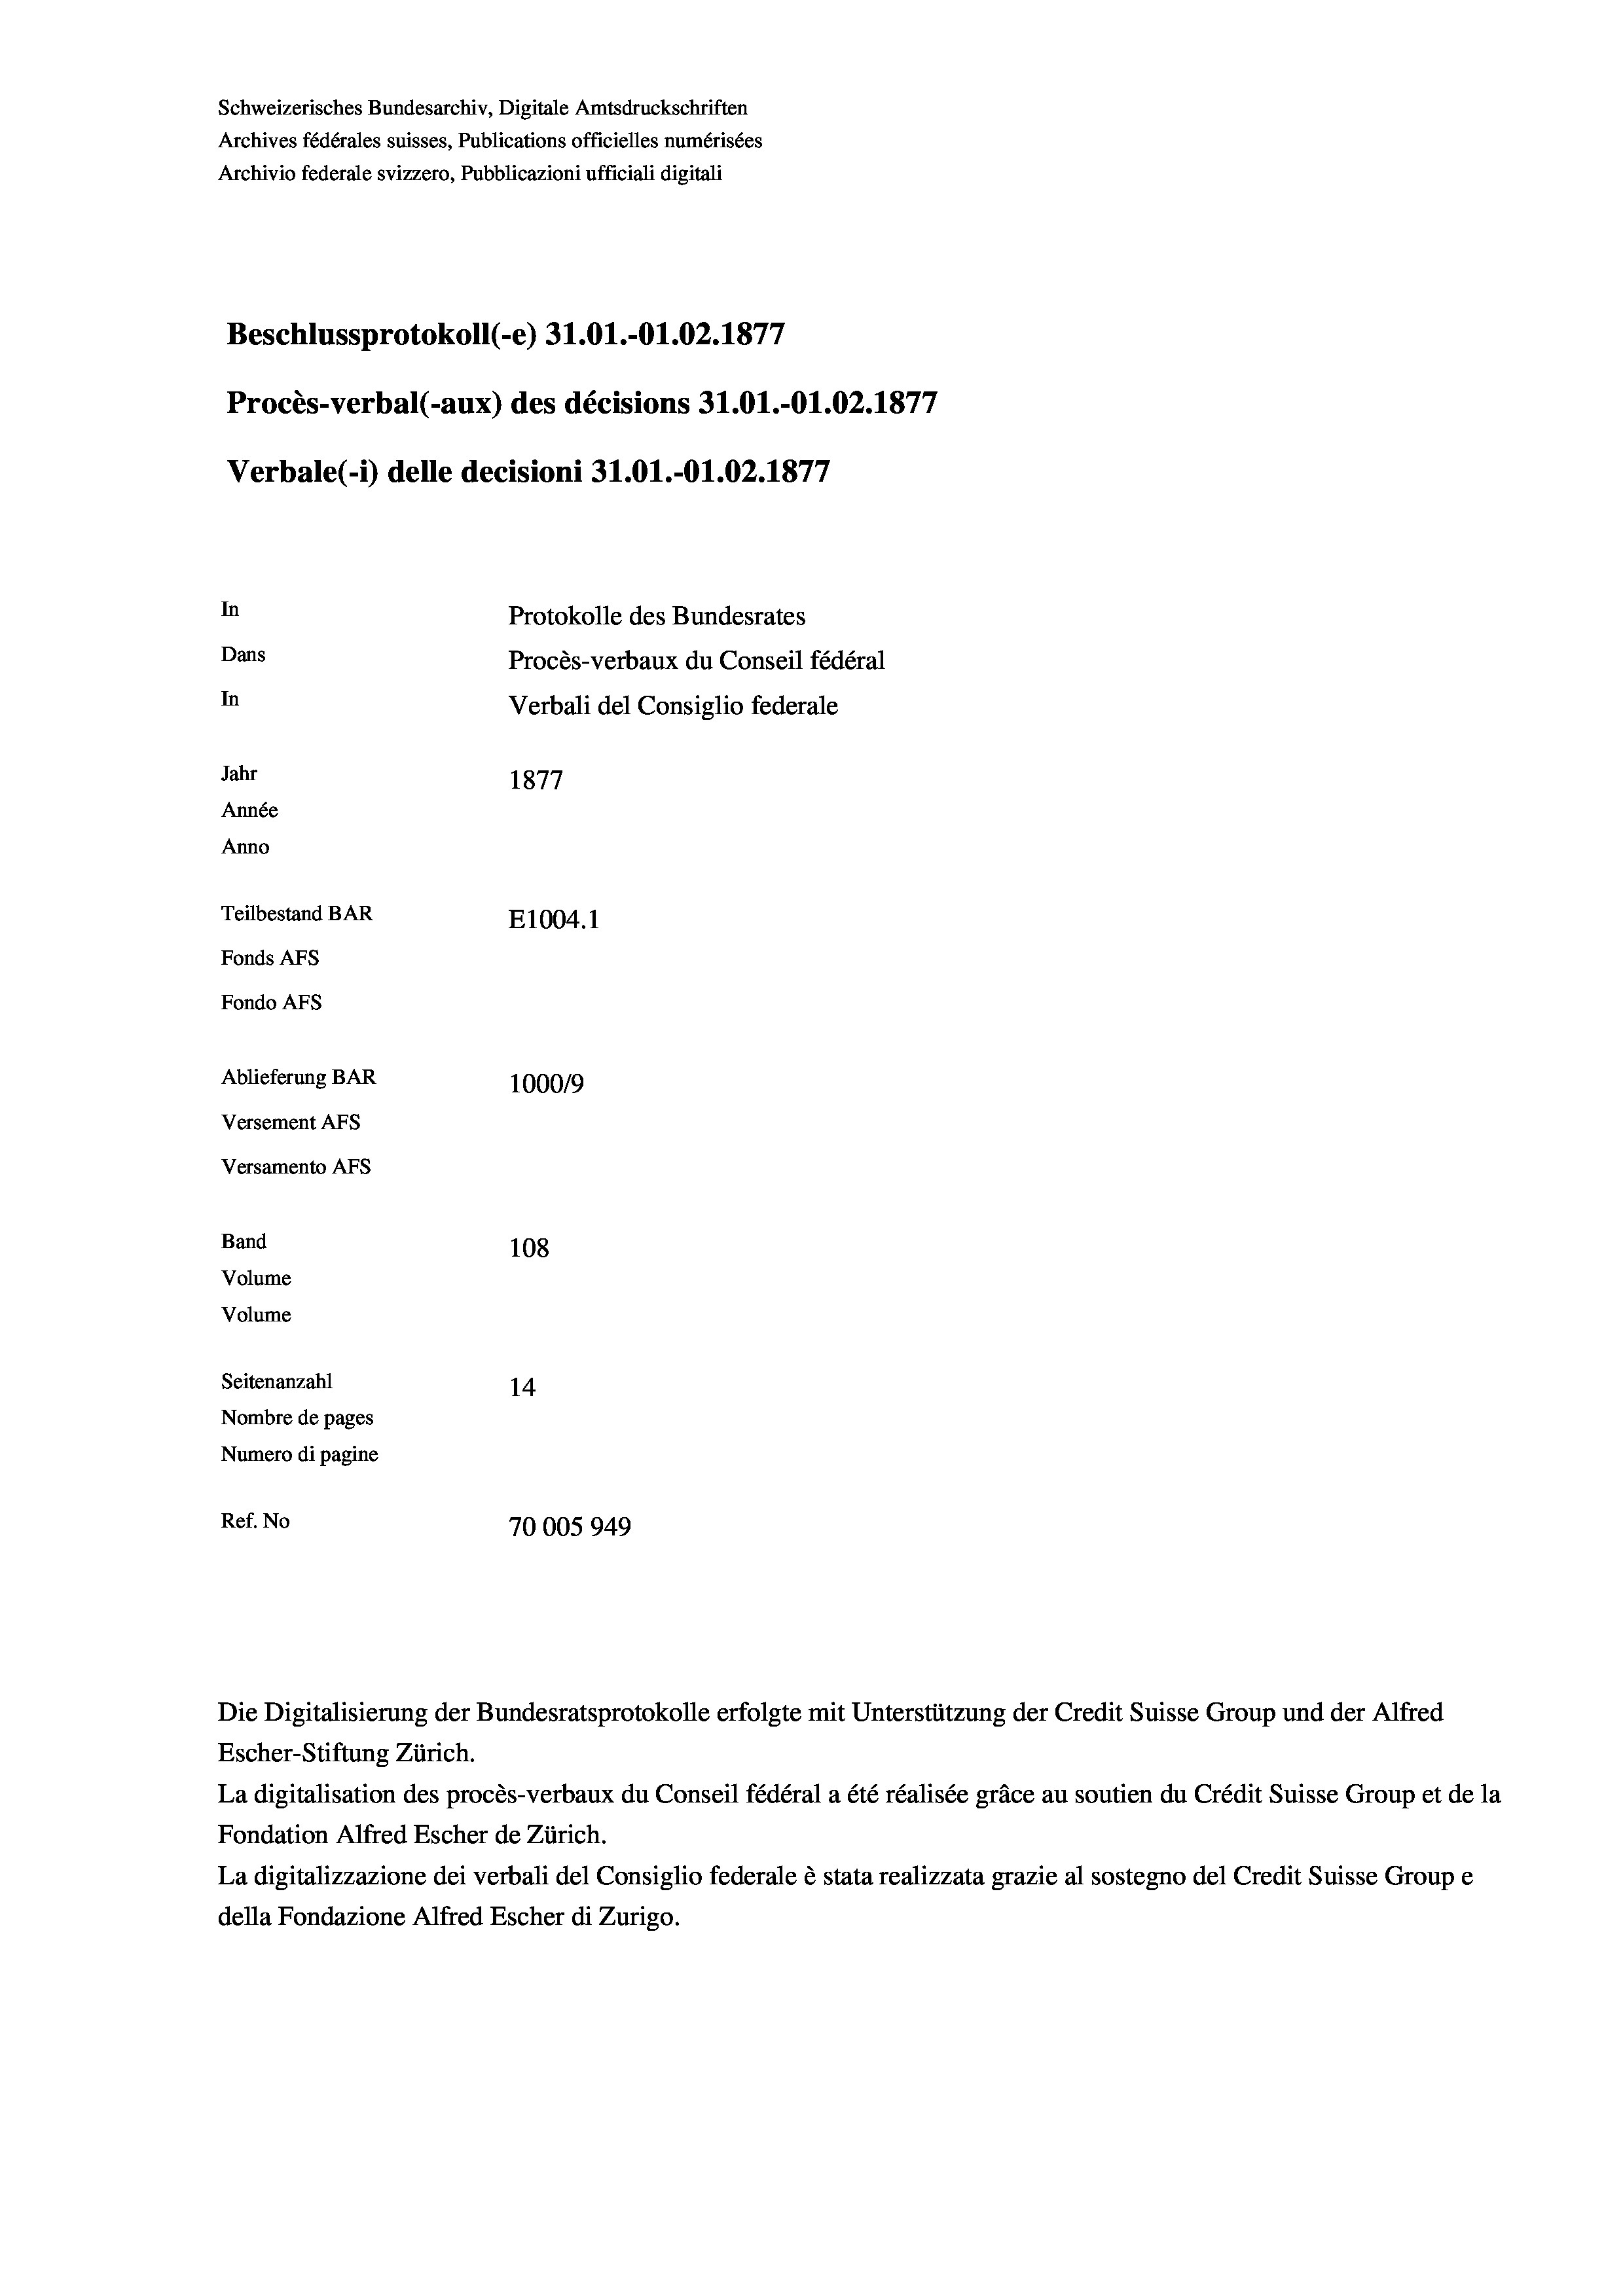
Schweizerisches Bundesarchiv, Digitale Amtsdruckschriften
Archives fédérales suisses, Publications officielles numérisées
Archivio federale svizzero, Pubblicazioni ufficiali digitali
Beschlussprotokoll (-e) 31.01.-O1.02. 1877
Procès-verbal (-aux) des décisions 31.01.-Ol.02. 1877
Verbale (- 1) delle decisioni 31.01.-O1.02. 1877
In
Protokolle des Bundesrates
Dans
Procès-verbaux du Conseil fédéral
In
Verbali del Consiglio federale
Jahr
1877
Année
Anno
Teilbestand BAR
E1004.1
Fonds AFs
Fondo AFS
Ablieferung BAR
100019
Versement AFs
Versamento Afs
Band
108
Volume
Volume
Seitenanzahl
14
Nombre de pages
Numero di pagine
Ref. No
70005949

Die Digitalisierung der Bundesratsprotokolle erfolgte mit Unterstützung der Credit Suisse Group und der Alfred
Escher-Stiftung Zürich.
La digitalisation des procès-verbaux du Conseil fédéral a été réalisée gräce au soutien du Crédit Suisse Group et de la
Fondation Alfred Escher de Zürich.
La digitalizzazione dei verbali del Consiglio federale è stata realizzata grazie al sostegno del Credit Suisse Groupe
della Fondazione Alfred Escher di Zurigo.